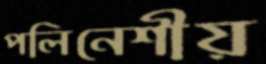
পলিনেশীয়